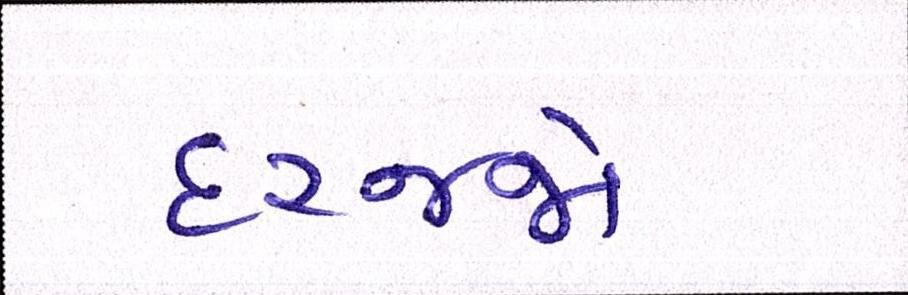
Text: દરજ્જો